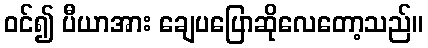
ဝင်၍ ပီယာအား ချေပပြောဆိုလေတော့သည်။